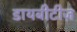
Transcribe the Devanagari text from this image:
डायबीटीज़